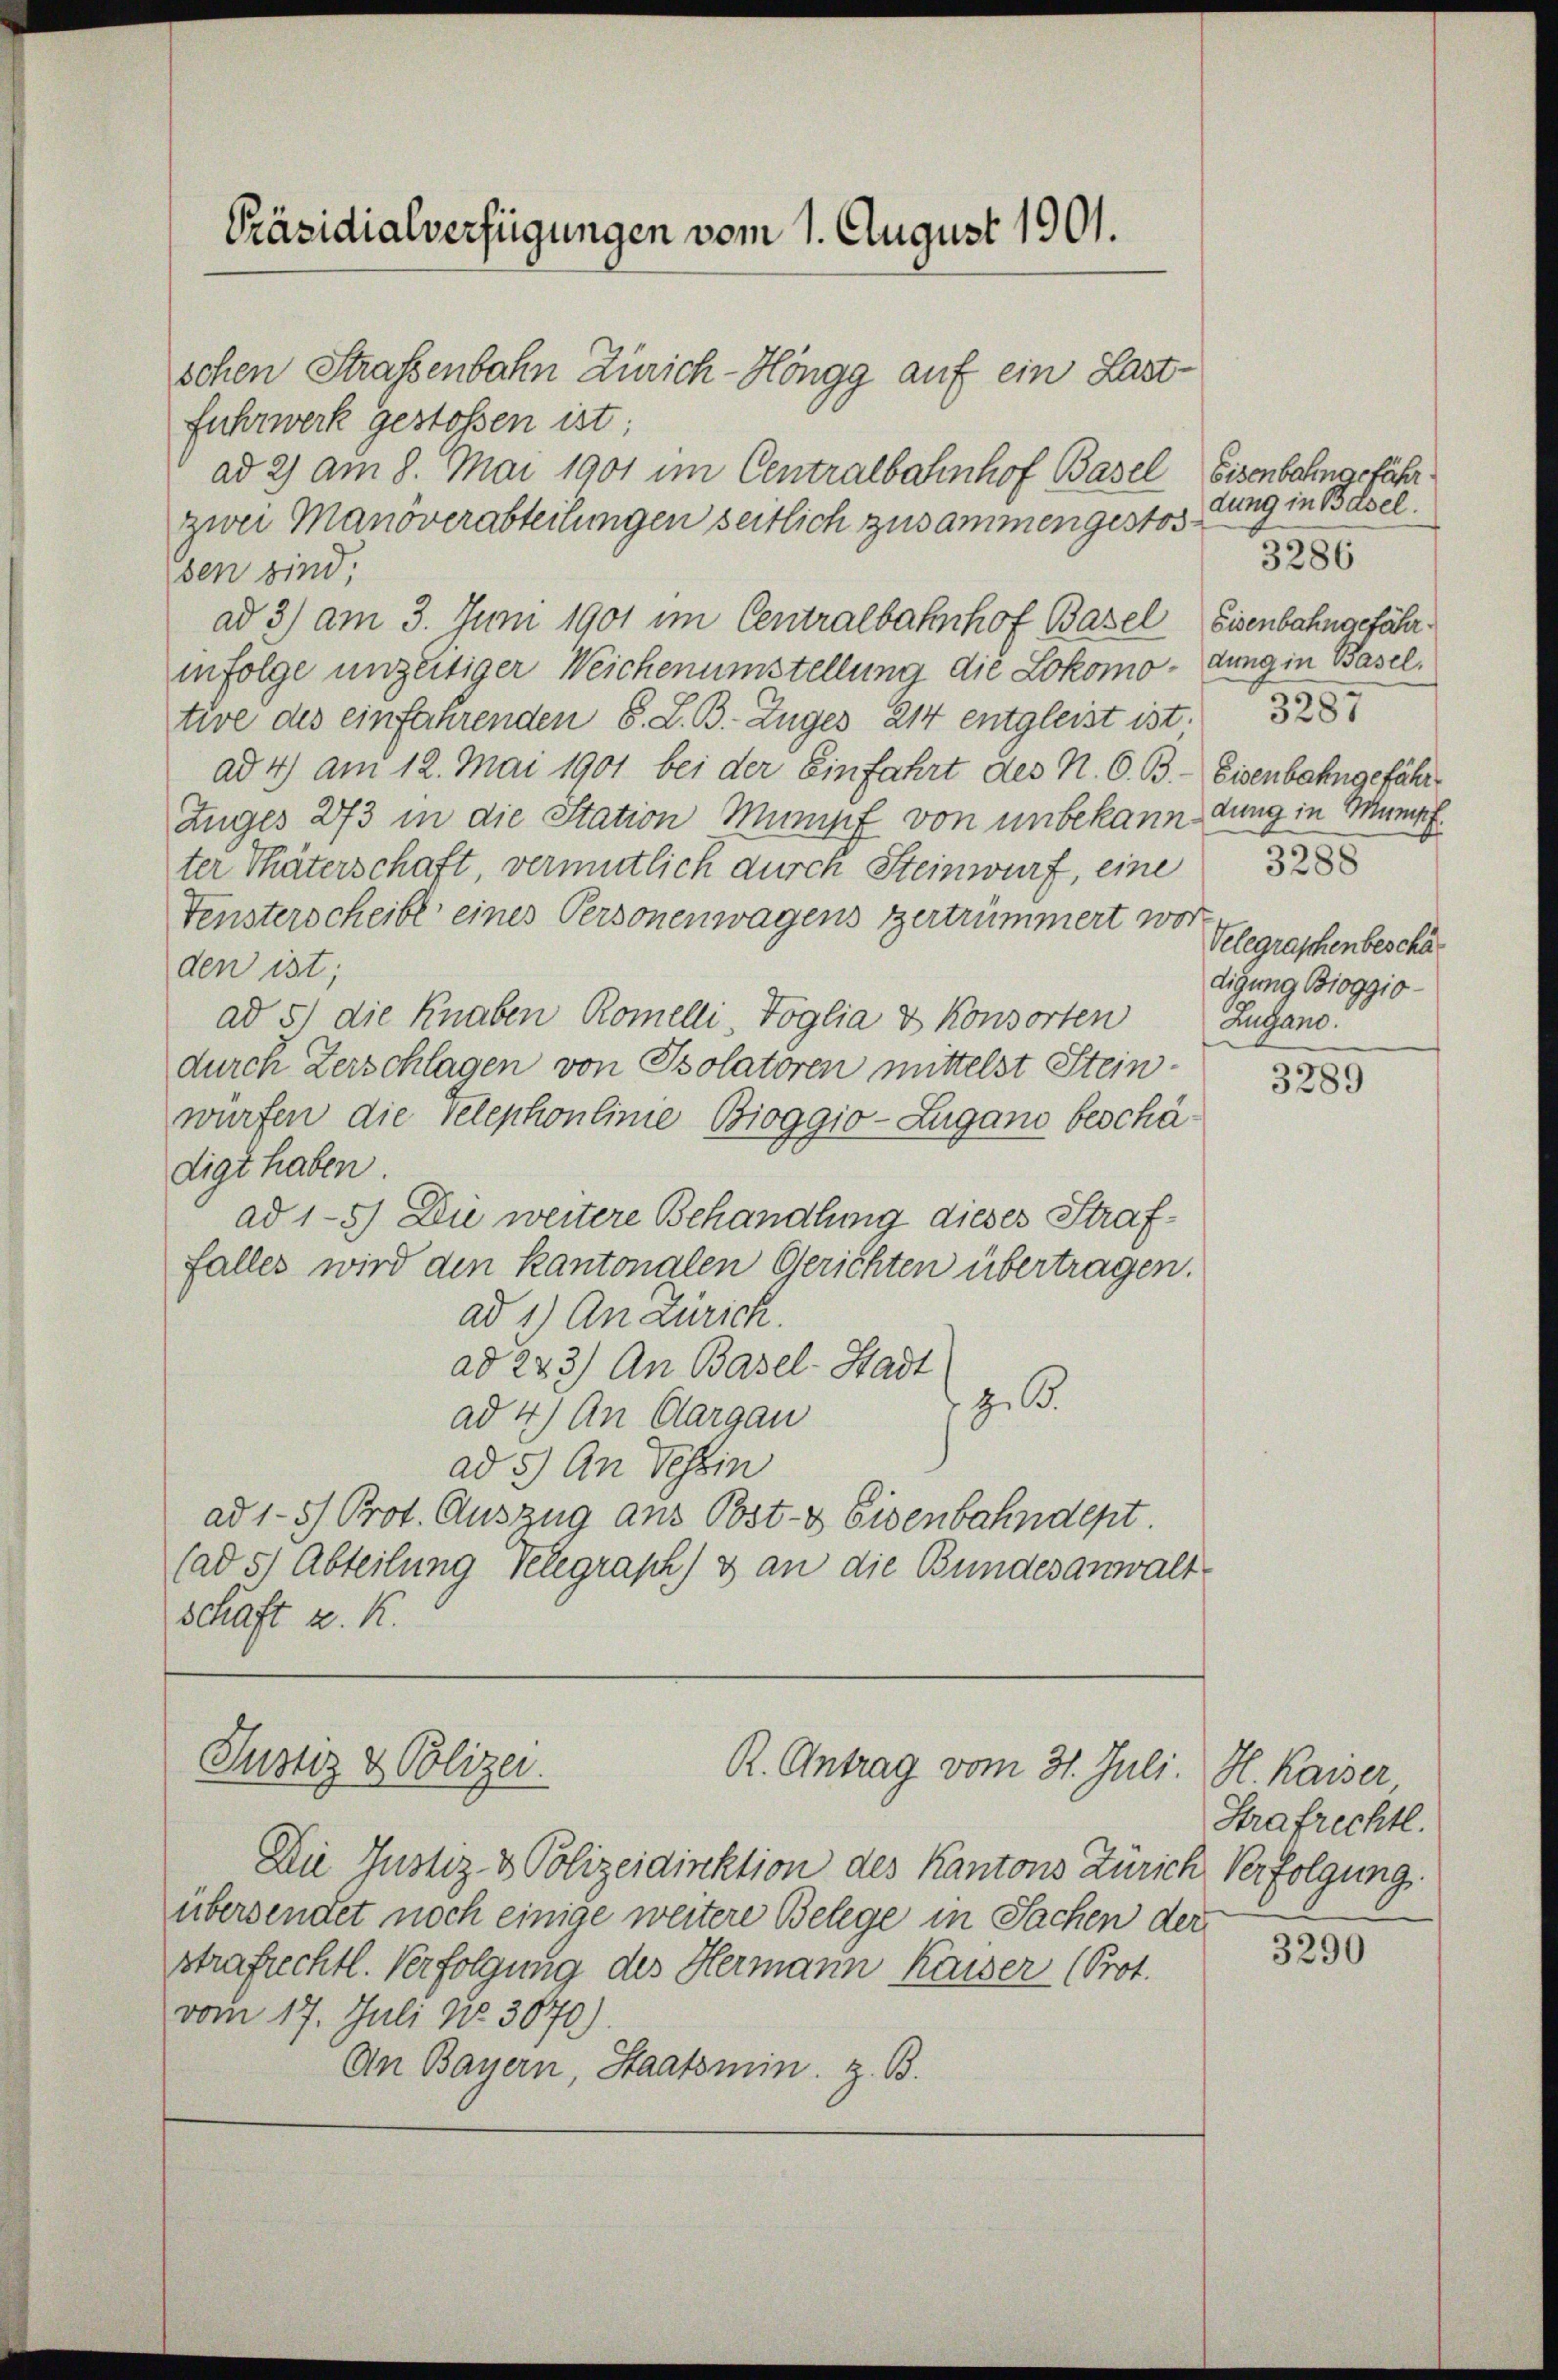
Präsidialverfügungen vom 1. August 1901.

schen Straßenbahn Zürich-Höngg auf ein Last¬
Fuhrwerk gestoßen ist;
ad 2) am 8. Mai 1901 im Centralbahnhof Basel Eisenbahngefährzwei Manöverabteilungen seitlich zusammengestos
sen sind;
ad 3) am 3. Juni 1901 im Centralbahnhof Basel Eisenbahngefähr
infolge unzeitiger Weichenumstellung die Lokomo-dung in Baseltive des einfahrenden 8. L. B. Zuges 214 entgleist ist. 3287
ad 4) am 12. Mai 1901 bei der Einfahrt des N. O. B. Eisenbahngefähr¬
Zuges 273 in die Station Mumpf von unbekann dung in Munif
ter Thäterschaft, vermutlich durch Steinwurf, eine
Fensterscheibe eines Personenwagens zertrümmert wor
den ist;
ad 51 die Knaben Romelli, Toglia & Konsorten Zugano.
durch Zerschlagen von Psolatoren mittelst Steinwürfen die Telephonlinie Bioggio-Zugano beschädigt haben.
ad 1-5) Die weitere Behandlung dieses Straffalles wird den kantonalen Gerichten übertragen.
ad 1.) An Zürich.
ad 223) An Basel-Stadt
 z. B.
ad 4) An Aargau
ad 5) An Tessin
ad 1-5) Prot. Auszug aus Post- & Eisenbahndept.
(ad 51 Abteilung Telegraph & an die Bundesanwalt
schaft u. K

Justiz & Polizei.
R. Antrag vom 31. Juli.

Die Justiz- & Polizeidinktion des Kantons Zürich Verfolgung
übersendet noch einige weitere Belege in Sachen der
strafrechtl. Verfolgung des Hermann Kaiser (Prot.
vom 17. Juli No. 3070)
An Bayern, Staatsmin. z. B.

dung in Basel.
3286
3288

Velegraphenbeschädigung Bioggio-

3289

H. Kaiser
Strafrechtl.

3290